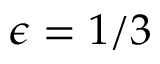
\epsilon = 1 / 3